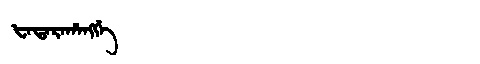
Manchu: ᡶᠠᡨᠠᡵᠠᡥᠠᠩᡤᡝ
Romanization: FATARAHANGGE